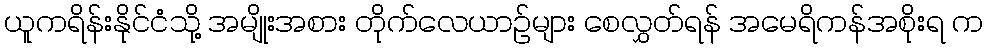
ယူကရိန်းနိုင်ငံသို့ အမျိုးအစား တိုက်လေယာဉ်များ စေလွှတ်ရန် အမေရိကန်အစိုးရ က